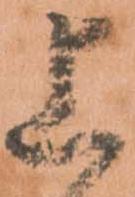
上